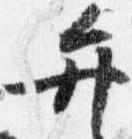
弁